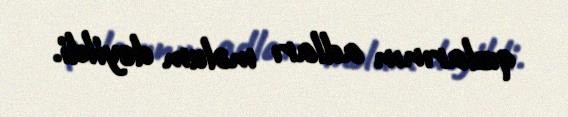
qızlarının adları məlum deyildi.